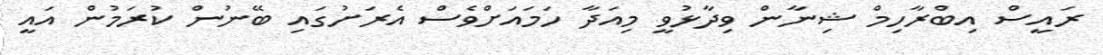
ރައީސް އިބްރާހިމް ޝިނާން ވިދާޅުވީ މިއަދާ ހަމައަށްވެސް އެރަށުގައި ބޭނުން ކުރަމުން އައީ